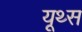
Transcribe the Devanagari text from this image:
यूथ्स